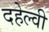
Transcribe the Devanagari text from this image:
दहेल्‍वी